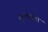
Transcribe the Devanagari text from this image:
व्युत्पत्तींचा